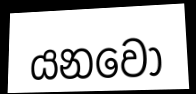
යනවෝ